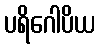
ပရိဂေါပိယ